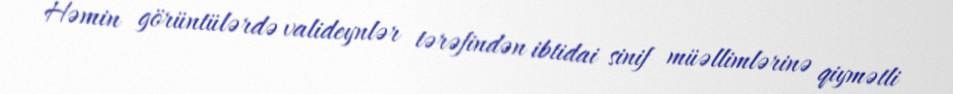
Həmin görüntülərdə valideynlər tərəfindən ibtidai sinif müəllimlərinə qiymətli